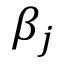
\beta _ { j }